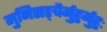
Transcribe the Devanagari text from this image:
मुनिसङ्घैर्मुहुर्मुहुः